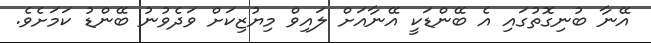
އޭނާ ބުނިގޮތުގައި އެ ބޭންޑަކީ އޭނާއަށް ލައިވް މިޔުޒިކަށް ވަދެވުނު ބޭންޑު ކަމަށެވެ.